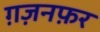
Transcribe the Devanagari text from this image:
ग़ज़नफ़र